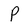
Character: P